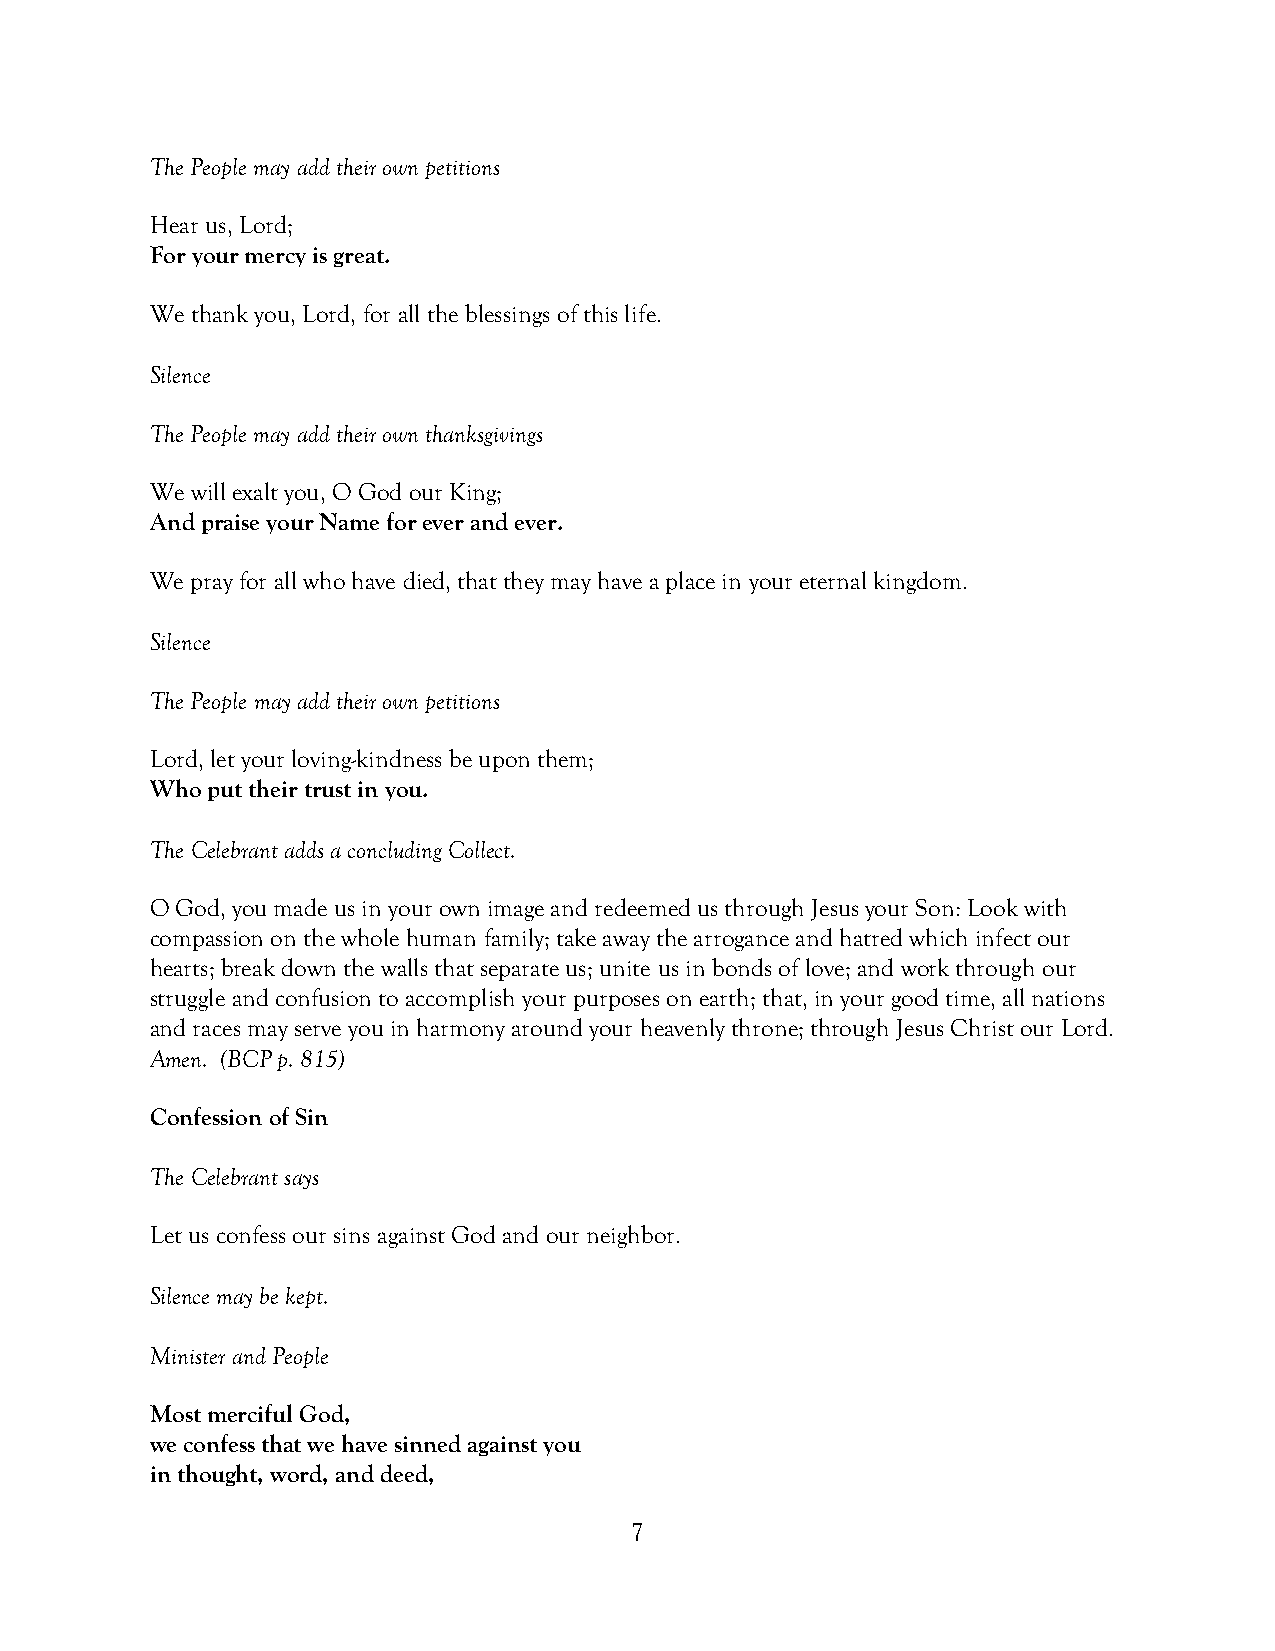
The People may add their own petitions
 Hear us, Lord;
 For your mercy is great.
 We thank you, Lord, for all the blessings of this life.
 Silence
 The People may add their own thanksgivings
 We will exalt you, O God our King;
 And praise your Name for ever and ever.
 We pray for all who have died, that they may have a place in your eternal kingdom.
 Silence
 The People may add their own petitions
 Lord, let your loving-kindness be upon them;
 Who put their trust in you.
 The Celebrant adds a concluding Collect.
 O God, you made us in your own image and redeemed us through Jesus your Son: Look with
 compassion on the whole human family; take away the arrogance and hatred which infect our
 hearts; break down the walls that separate us; unite us in bonds of love; and work through our
 struggle and confusion to accomplish your purposes on earth; that, in your good time, all nations
 and races may serve you in harmony around your heavenly throne; through Jesus Christ our Lord.
 Amen. (BCP p. 815)
 Confession of Sin
 The Celebrant says
 Let us confess our sins against God and our neighbor.
 Silence may be kept.
 Minister and People
 Most merciful God,
 we confess that we have sinned against you
 in thought, word, and deed,
 7